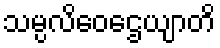
သမ္ပလိဝေဌေယျာတိ